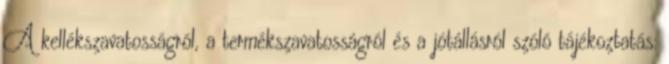
A kellékszavatosságról, a termékszavatosságról és a jótállásról szóló tájékoztatás: